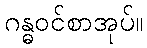
ဂန္ဓဝင်စာအုပ်။